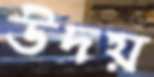
উদয়